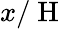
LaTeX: x/\mathrm{~H~}